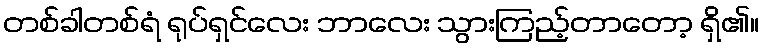
တစ်ခါတစ်ရံ ရုပ်ရှင်လေး ဘာလေး သွားကြည့်တာတော့ ရှိ၏။